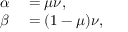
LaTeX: \begin{array} { r l } { \alpha } & { { } = \mu \nu , } \\ { \beta } & { { } = ( 1 - \mu ) \nu , } \end{array}